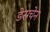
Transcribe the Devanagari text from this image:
डेसचेन